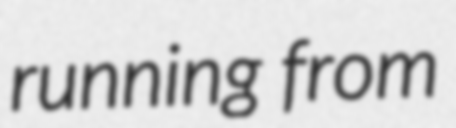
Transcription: running from